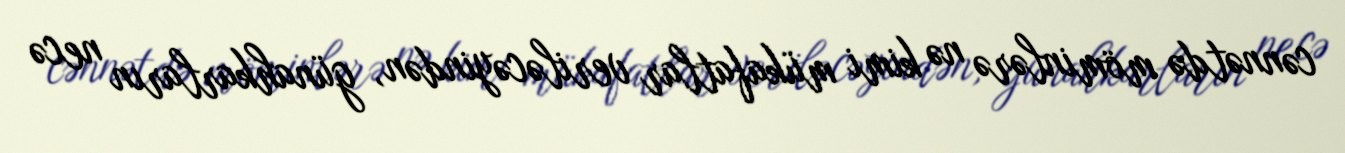
cənnətdə möminlərə nə kimi mükafatlar veriləcəyindən, günahkarların necə